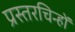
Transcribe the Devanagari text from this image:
प्रस्तरचिन्हों